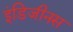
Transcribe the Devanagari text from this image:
इंडिजीनस